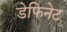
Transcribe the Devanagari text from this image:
डेफिनेट